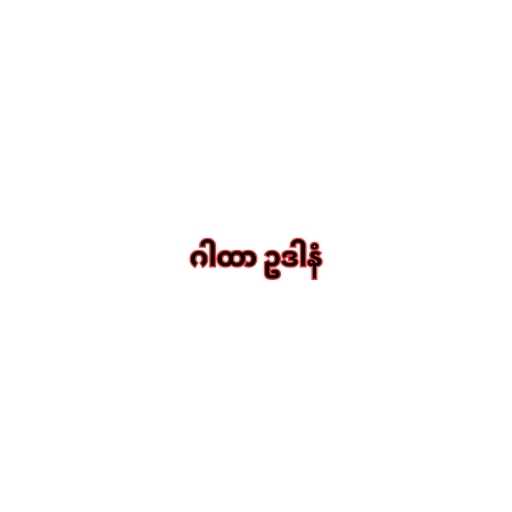
ဂါထာ ဥဒါနံ